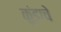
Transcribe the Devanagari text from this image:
कुंडाचे